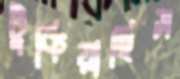
টুকিয়াছিস